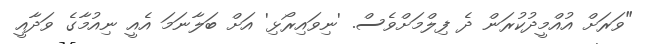
"ވަރަށް އުއްމީދުކުރަން ދެ ފިލްމަށްވެސް. 'ނިވައިރޯޅި' އަށް ބަލާނަމަ އެއީ ނިއުމާގެ ވަދާއީ